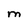
Character: M